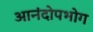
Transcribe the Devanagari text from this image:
आनंदोपभोग